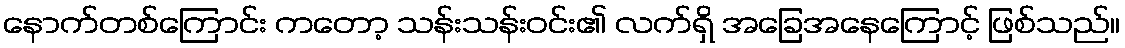
နောက်တစ်ကြောင်း ကတော့ သန်းသန်းဝင်း၏ လက်ရှိ အခြေအနေကြောင့် ဖြစ်သည်။